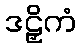
ဒဠှိကံ